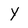
Character: Y